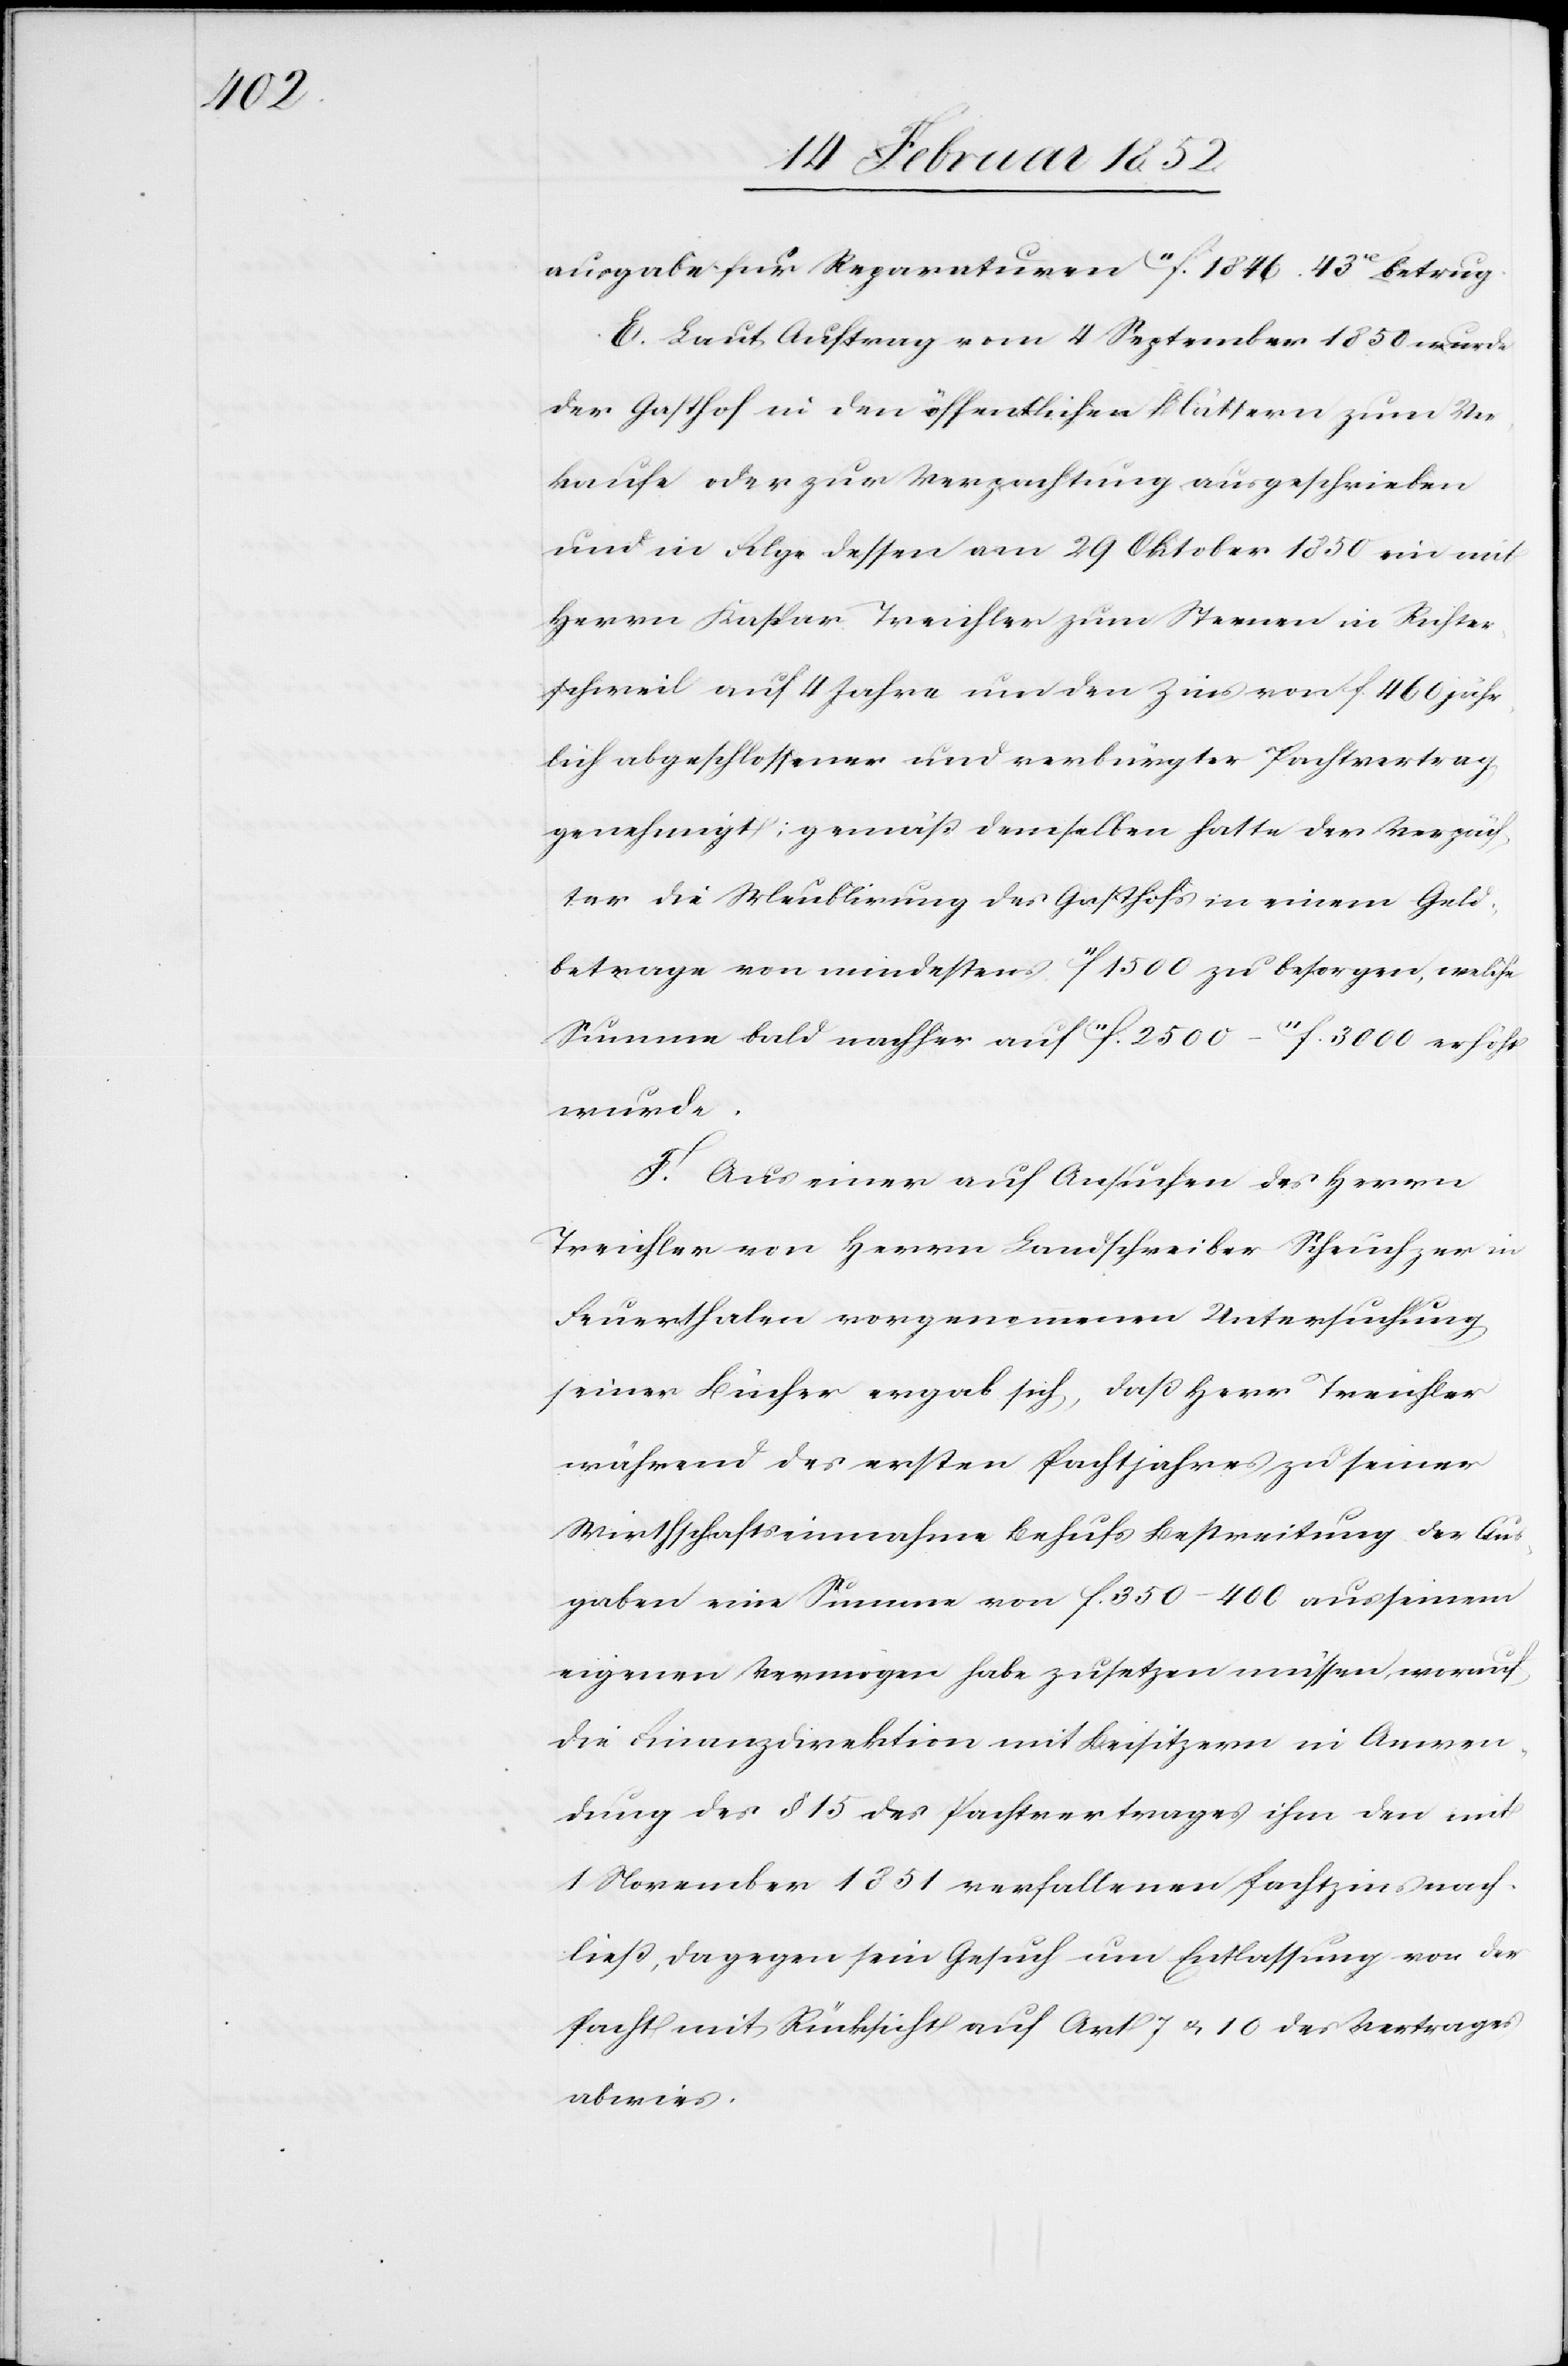
ausgabe für Reparaturen 11f. 1846. 43x betrug.
E. Laut Auftrag vom 4 September 1850 wurde
der Gasthof in den öffentlichen Blättern zum Ver¬
kaufe oder zur Verpachtung ausgeschrieben
und in Folge dessen am 29 Oktober 1850 ein mit
Herrn Kaspar Treichler zum Sternen in Kuster¬
schweil auf 4 Jahre um den Zins von f. 460 jähr¬
lich abgeschlossener und verbürgter Pachtvertrag
genehmigt; gemäß demselben hatte der Verpäch¬
ter die Meublirung des Gasthofs in einem Geld¬
betrage von mindestens 11f. 1500 zu besorgen, welche
Summe bald nachher auf 11f. 2500–11f. 3000 erhöht
wurde.
F. Aus einer auf Ansuchen des Herrn
Treichler von Herrn Landschreiber Scheuchzer in
Feuerthalen vorgenommenen Untersuchung
seiner Bücher ergab sich, daß Herr Treichler
während des ersten Pachtjahres zu seiner
Wirthschaftseinnahme behufs Bestreitung der Aus¬
gaben eine Summe von f. 350–400 aus seinem
eigenen Vermögen habe zusetzen müssen, worauf
die Finanzdirektion mit Beisitzern in Anwen¬
dung des § 15 des Pachtvertrages ihm den mit
1 November 1851 verfallenen Pachtzins nach¬
ließ, dagegen sein Gesuch um Entlassung von der
Pacht mit Rücksicht auf Art 7 u. 10 des Vertrages
abwies.